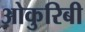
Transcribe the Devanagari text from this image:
ओकुरिबी